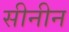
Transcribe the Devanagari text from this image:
सीनीन